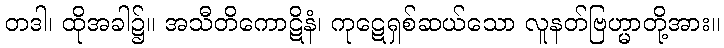
တဒါ၊ ထိုအခါ၌။ အသီတိကောဋိနံ၊ ကုဋေရှစ်ဆယ်သော လူနတ်ဗြဟ္မာတို့အား။